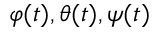
\varphi ( t ) , \theta ( t ) , \psi ( t )